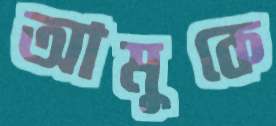
আমুকে